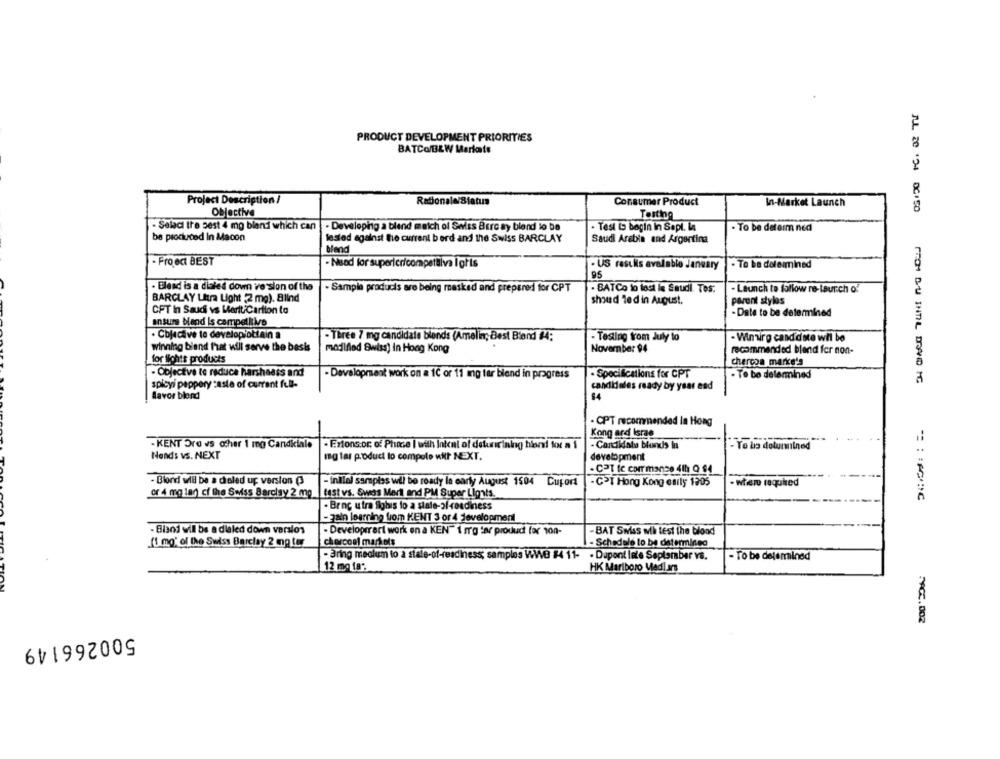
PRODUCT DEVELOPMENT PRIORITIES
8
BATCO/BLW Marlots
8
Project Description /
Rationale/Status
Consumer Product
In-Market Launch
Objective
Testing
- Selaci tre sest 4 mg blerdi which can
- Developing a blend match of Saiss Bercay blend lo be
· Test to begin in Sepl. la
. To be determ ned
be produced In Macon
lested against the current berd and the Swiss BARCLAY
Saudi Arabia and Argentina
blend
- Fro ect BEST
-Nsod for superiericompetitiva I gris
· US restkis avalabio January
- To be delemined
95
. Elend is a dialed down ve sion of the
· Sample products are being roasked and prepared for CPT
· BATCo lo losi le Saudi. Tos:
- Launch to follow re-launch of
BARCLAY Ultra Light ,2 mg). Blind
shoud led in August.
parent styles
CFT In Saudi vs MeritiCarlion to
- Date to be determined
ansum bland Is competitivo
· Čojective to developjottain a
- Three 7 mg candidate blonds (Amelin; Best Blond #4;
- Testing trom July to
- Winirg cand dote wil be
winning biand that will serve the basis
modified Swiss) in Hong Kong
November 94
recommended blend for non-
for lichts products
chercon marke's
- Objective te reduce harshaess and
- Development work on a 1℃ or 11 ing tar bland in progress
- Specifications for CPT
· To be determined
spicyi pappery caste of current full-
candideles ready by year and
flavor blond
$4
. CPT recommended la Hong
Kong ard Israe
---
-KENT Dre vs other 1 mg Candiciale |- Ertons:or. of Phone | with Intent of deturrining blend kx a 1
- Candidalu bunds in
- To be doturulned
Hends vs. NEXT
development
mg lar product lo compolo will NEXT.
. CPT te corr mance 4th Q 94
- Blond will be a deled up version (3
- inllal samples wil be ready la early August 1504 Cuport
- CPI Hong Kong enily 1905
- when required
or 4 mg lan cf the Swiss Barcisy 2 mg
test vs. Swiss Mertl and PM Super Ligats.
- Bring utra Sighis lo a state-of -readiness
- gain logrring fom KENT 3 or 4 Jevelopment
- Blod will be a dialed down version
· Developrrert work en a KEN"'1 rg tar produc for 100-
- BAT Swiss wih test the blond
(1 mg' of the Swiss Barclay 2 mg tor
charcoal markets
-Schedule to be determined
- Bring mecium to a state-of-readiness; samples WWB #4 11- . Dupont lale September vs.
- To be delemined
12 mg 1a:
HK Marlboro Medi ans
SAG,002
500266149